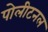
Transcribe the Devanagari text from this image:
पोलीटनल